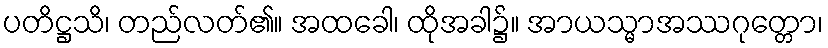
ပတိဋ္ဌသိ၊ တည်လတ်၏။ အထခေါ၊ ထိုအခါ၌။ အာယသ္မာအဿဂုတ္တော၊